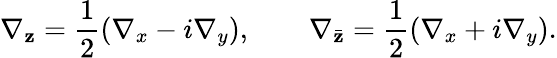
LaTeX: \nabla_{\mathbf{z}}=\frac{{1}}{{2}}\left(\nabla_{x}-i\nabla_{y}\right),\qquad\nabla_{\bar{{\mathbf{z}}}}=\frac{{1}}{{2}}\left(\nabla_{x}+i\nabla_{y}\right).